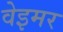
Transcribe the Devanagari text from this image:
वेइमर